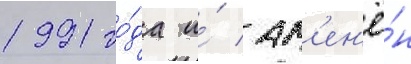
1991 го́да и́ зам'ен'ё́н